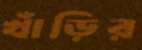
খাঁড়ির